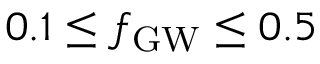
0 . 1 \leq \ensuremath { f _ { \mathrm { G W } } } \leq 0 . 5